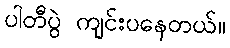
ပါတီပွဲ ကျင်းပနေတယ်။